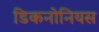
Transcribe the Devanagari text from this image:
डिकनोनियस